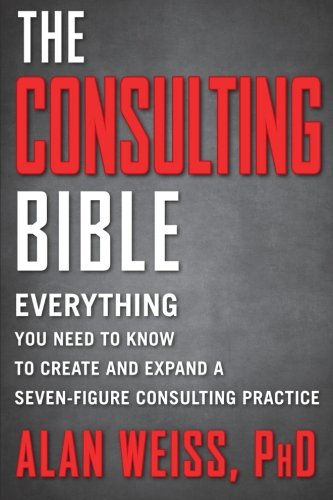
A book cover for The Consulting Bible: Everything You Need to Know to Create and Expand a Seven-Figure Consulting Practice; Alan Weiss; Business & Money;